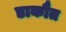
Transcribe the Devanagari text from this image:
डाकौत